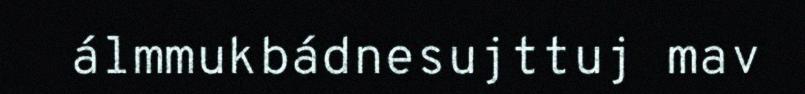
álmmukbádnesujttuj mav